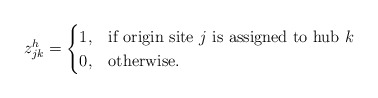
\begin{align*}z_{jk}^h=\begin{cases}1, & \mbox{if origin site $j$ is assigned to hub $k$} \\0, & \mbox{otherwise.}\end{cases}\end{align*}